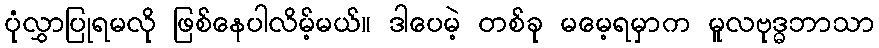
ပုံလွှာပြုရမလို ဖြစ်နေပါလိမ့်မယ်။ ဒါပေမဲ့ တစ်ခု မမေ့ရမှာက မူလဗုဒ္ဓဘာသာ